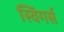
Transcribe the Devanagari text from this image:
स्विंगर्स